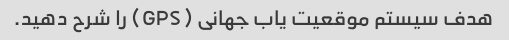
هدف سیستم موقعیت یاب جهانی (GPS) را شرح دهید.